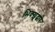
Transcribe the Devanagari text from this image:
भिक्खूंद्वारे